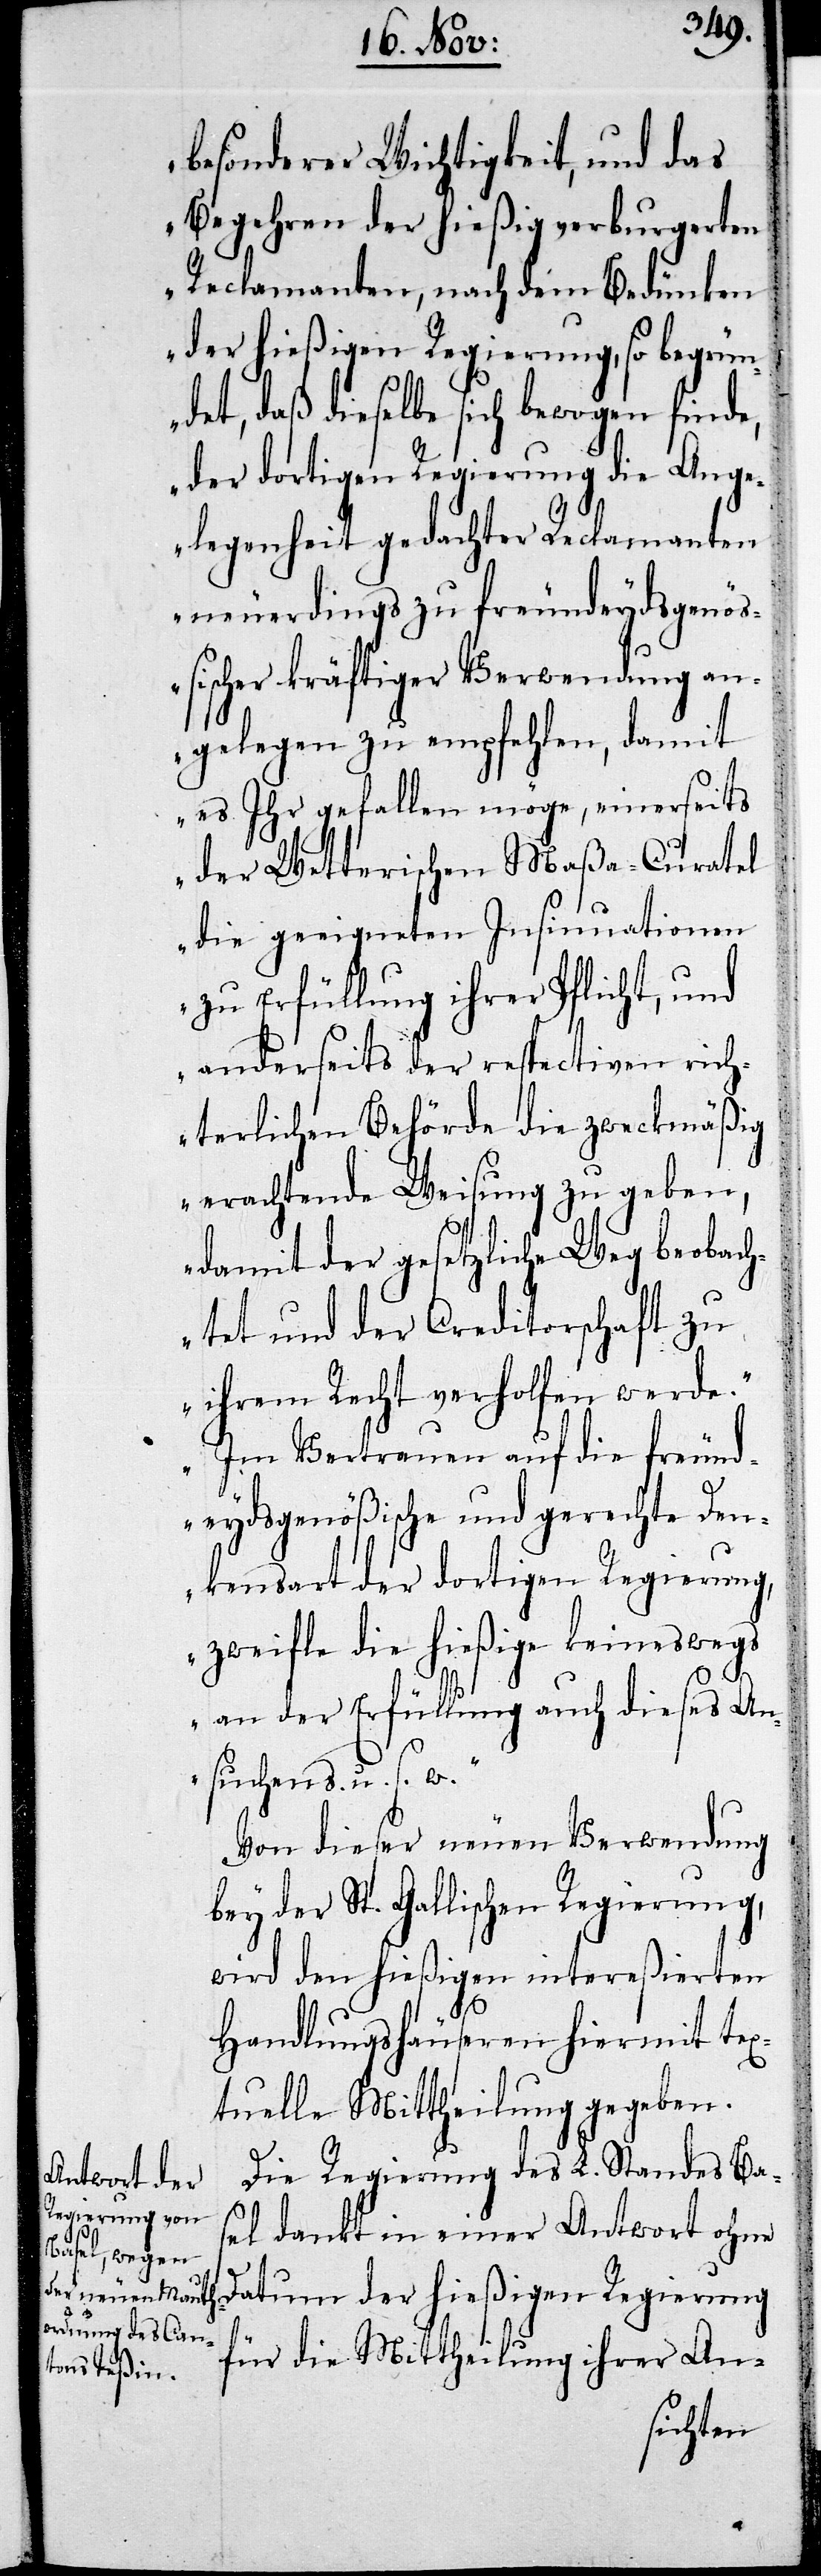
besonderer Wichtigkeit, und das
Begehren der hießig verburgerten
Reclamanten, nach dem Bedünken
der hießigen Regierung, so begrün¬
det, daß dieselbe sich bewogen finde,
der dortigen Regierung die Ange¬
legenheit gedachter Reclamanten
neuerdings zu freundeydsgenöß¬
ischer kräftiger Verwendung an¬
gelegen zu empfehlen, damit
es Ihr gefallen möge, einerseits
der Wetterischen Maßa-Curatel
die geeigneten Insinuationen
zu Erfüllung ihrer Pflicht, und
anderseits der respectiven rich¬
terlichen Behörde die zweckmäßig
erachtende Weisung zu geben,
damit der gesetzliche Weg beobach¬
tet und der Creditorschaft zu
ihrem Recht verholfen werde.
Im Vertrauen auf die freund¬
eydsgenößische und gerechte Den¬
kensart der dortigen Regierung,
zweifle die hießige keineswegs
an der Erfüllung auch dieses An¬
suchens. u.s.w.“
Von dieser neuen Verwendung
bey der St. Gallischen Regierung,
wird den hießigen intereßierten
Handlungshäuseren hiermit tex¬
tuelle Mittheilung gegeben.
Die Regierung des L. Standes Ba¬
sel dankt in einer Antwort ohne
Datum der hießigen Regierung
für die Mittheilung ihrer An-